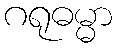
ဂရုဓမ္မာ